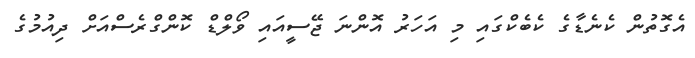
އެގޮތުން ކެނެޑާގެ ކެބެކްގައި މި އަހަރު އޮންނަ ޖޭސީއައި ވޯލްޑް ކޮންގްރެސްއަށް ދިއުމުގެ